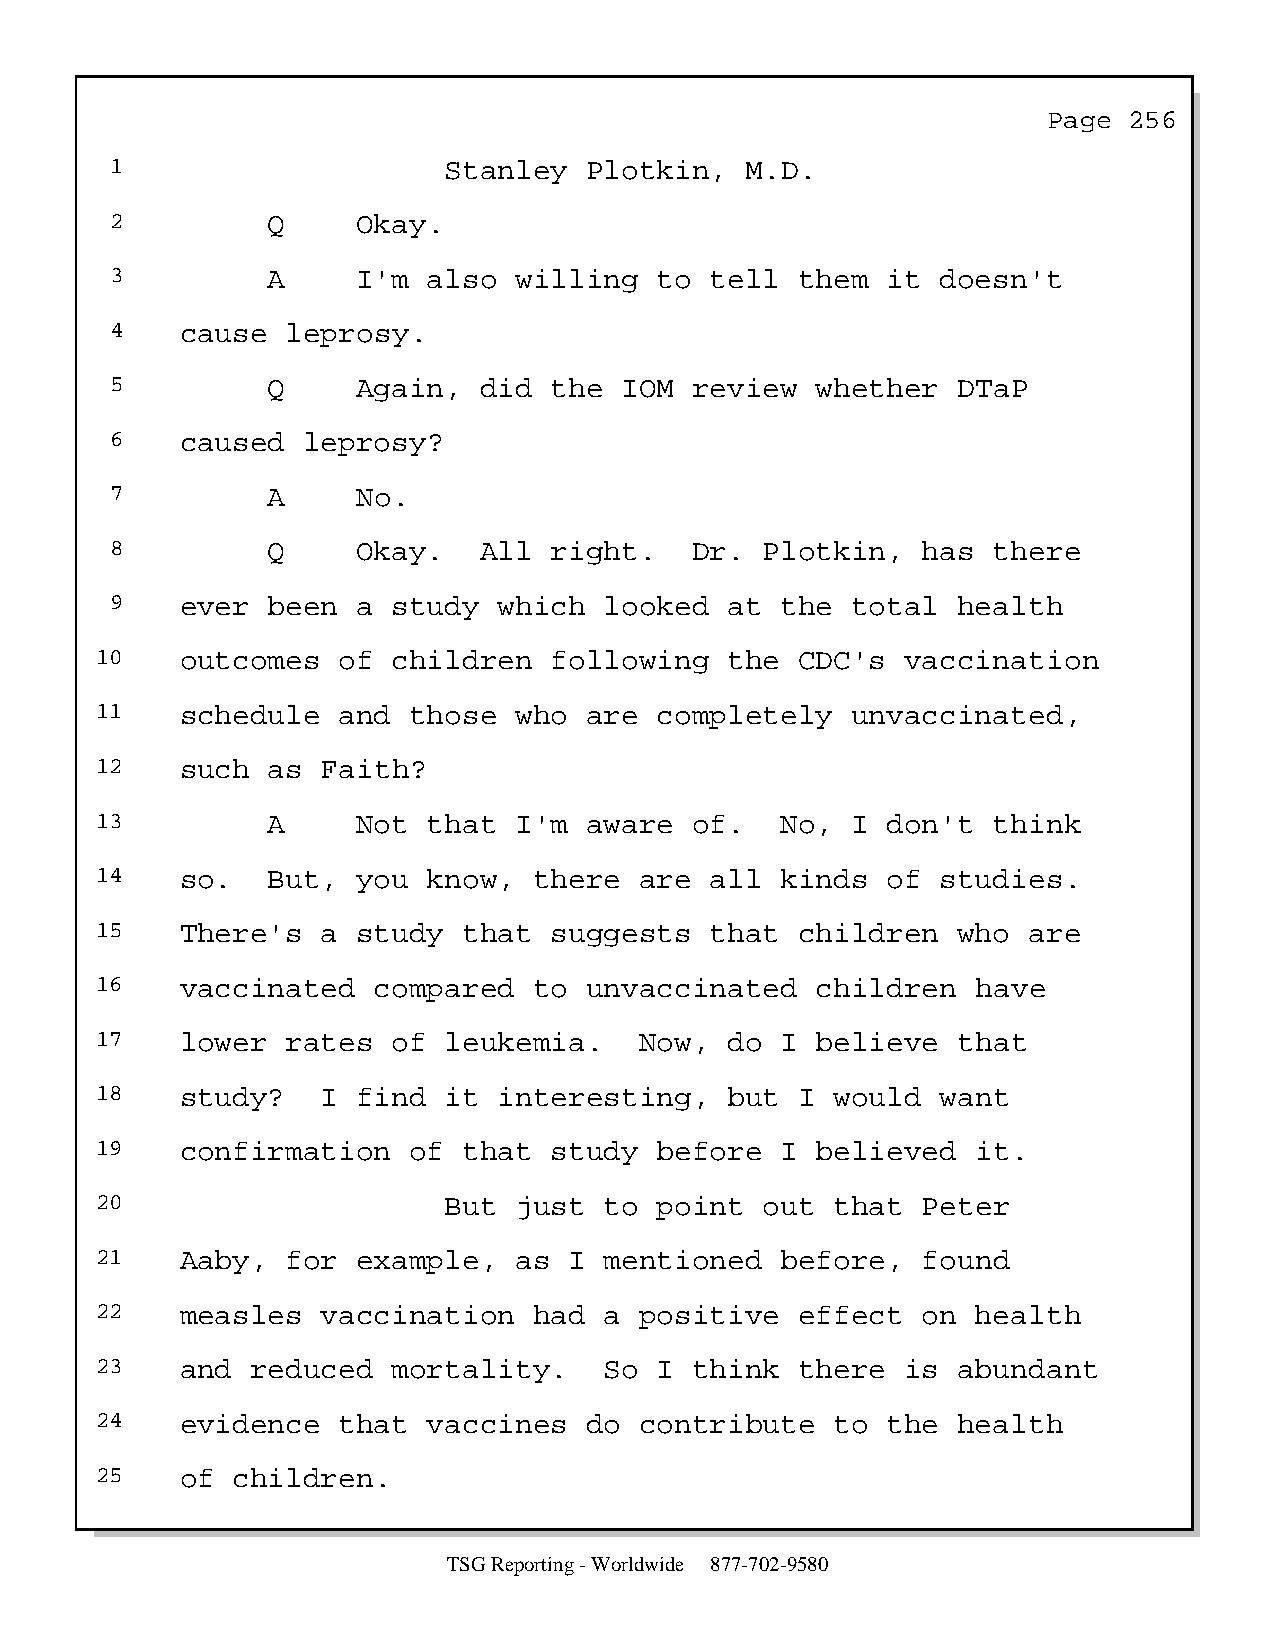
Page  256
 1                     Stanley   Plotkin,  M.D.
 2          Q     Okay.
 3          A     I'm also  willing   to tell  them  it doesn't
 4    cause  leprosy.
 5          Q     Again,  did the  IOM  review  whether  DTaP
 6    caused  leprosy?
 7          A     No.
 8          Q     Okay.   All right.    Dr.  Plotkin,  has  there
 9    ever  been  a study  which  looked  at  the total  health
 10    outcomes  of  children  following   the  CDC's  vaccination
 11    schedule  and  those  who  are  completely  unvaccinated,
 12    such  as Faith?
 13          A     Not that  I'm  aware  of.   No, I  don't  think
 14    so.   But,  you know,  there  are  all  kinds  of studies.
 15    There's  a  study  that suggests   that  children  who  are
 16    vaccinated   compared  to  unvaccinated   children   have
 17    lower  rates  of leukemia.    Now,  do  I believe  that
 18    study?   I  find it  interesting,   but  I would  want
 19    confirmation   of  that study   before  I believed   it.
 20                     But  just  to  point  out that  Peter
 21    Aaby,  for  example,  as  I mentioned   before,  found
 22    measles  vaccination   had  a positive   effect  on  health
 23    and  reduced  mortality.    So  I think  there  is abundant
 24    evidence  that  vaccines   do contribute   to  the health
 25    of children.
 TSG Reporting - Worldwide 877-702-9580